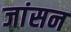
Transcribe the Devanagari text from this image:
जांसन